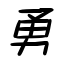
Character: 勇